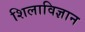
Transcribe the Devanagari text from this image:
शिलाविज्ञान